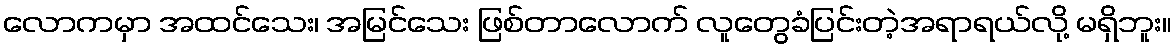
လောကမှာ အထင်သေး၊ အမြင်သေး ဖြစ်တာလောက် လူတွေခံပြင်းတဲ့အရာရယ်လို့ မရှိဘူး။